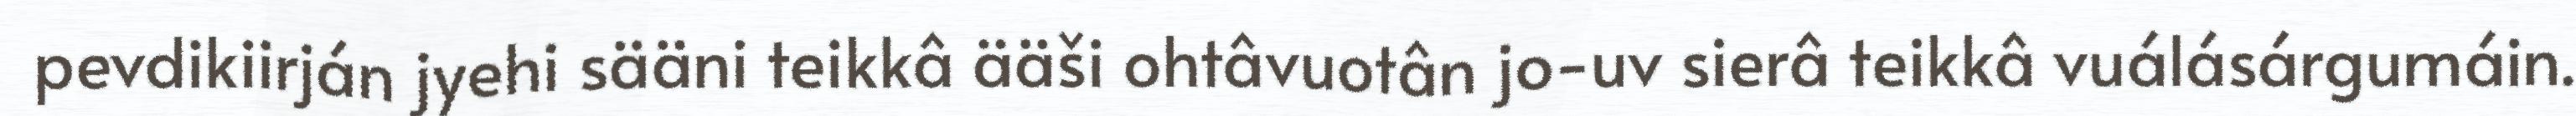
pevdikiirján jyehi sääni teikkâ ääši ohtâvuotân jo-uv sierâ teikkâ vuálásárgumáin.